Annual administration report of the Civil Veterinary Department, Ajmere-Merwara, British Rajputana - 1914-1940
Year: 1914
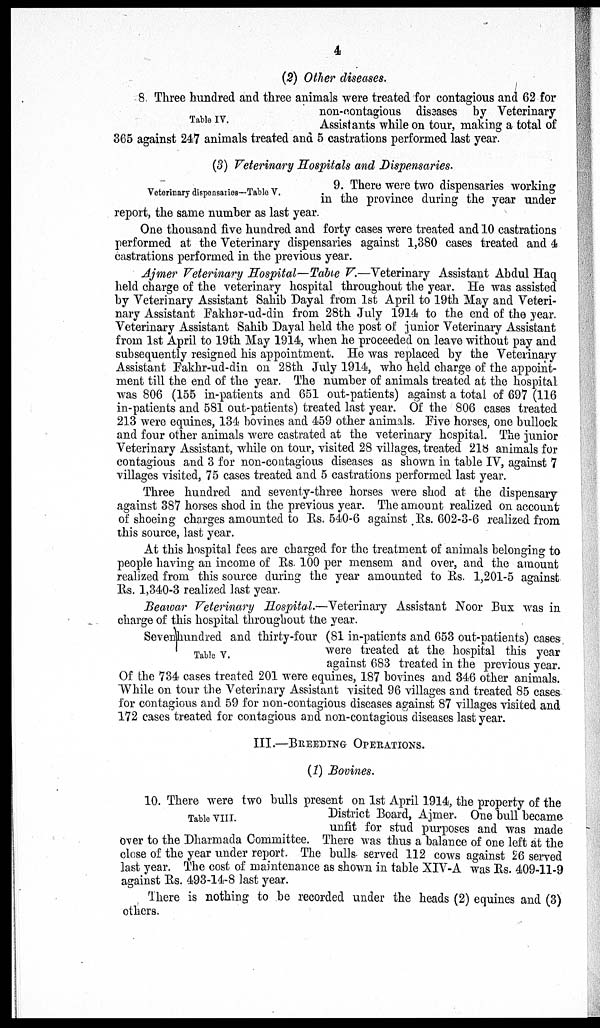
4
(2) Other diseases.
Table IV.
8 Three hundred and three animals were treated for contagious and 62 for
non-contagious diseases by Veterinary
Assistants while on tour, making a total of
365 against 247 animals treated and 5 castrations performed last year.
(3) Veterinary Hospitals and Dispensaries.
Veterinary dispensaries—Table V.
9. There were two dispensaries working
in the province during the year under
report, the same number as last year.
One thousand five hundred and forty cases were treated and 10 castrations
performed at the Veterinary dispensaries against 1,380 cases treated and 4
castrations performed in the previous year.
Ajmer Veterinary Hospital—Table V.—Veterinary Assistant Abdul Haq
held charge of the veterinary hospital throughout the year. He was assisted
by Veterinary Assistant Sahib Dayal from 1st April to 19th May and Veteri-
nary Assistant Fakhar-ud-din from 28th July 1914 to the end of the year.
Veterinary Assistant Sahib Dayal held the post of junior Veterinary Assistant
from 1st April to 19th May 1914, when he proceeded on leave without pay and
subsequently resigned his appointment. He was replaced by the Veterinary
Assistant Fakhr-ud-din on 28th July 1914, who held charge of the appoint-
ment till the end of the year. The number of animals treated at the hospital
was 806 (155 in-patients and 651 out-patients) against a total of 697 (116
in-patients and 581 out-patients) treated last year. Of the 806 cases treated
213 were equines, 134 bovines and 459 other animals. Five horses, one bullock
and four other animals were castrated at the veterinary hospital. The junior
Veterinary Assistant, while on tour, visited 28 villages, treated 218 animals for
contagious and 3 for non-contagious diseases as shown in table IV, against 7
villages visited, 75 cases treated and 5 castrations performed last year.
Three hundred and seventy-three horses were shod at the dispensary
against 387 horses shod in the previous year. The amount realized on account
of shoeing charges amounted to Rs. 540-6 against Rs. 602-3-6 realized from
this source, last year.
At this hospital fees are charged for the treatment of animals belonging to
people having an income of Rs. 100 per mensem and over, and the amount
realized from this source during the year amounted to Rs. 1,201-5 against
Rs. 1,340-3 realized last year.
Beawar Veterinary Hospital.—Veterinary Assistant Noor Bux was in
charge of this hospital throughout the year.
Table V.
Seven hundred and thirty-four (81 in-patients and 653 out-patients) cases
were treated at the hospital this year
against 683 treated in the previous year.
Of the 734 cases treated 201 were equines, 187 bovines and 346 other animals.
While on tour the Veterinary Assistant visited 96 villages and treated 85 cases
for contagious and. 59 for non-contagious diseases against 87 villages visited and
172 cases treated for contagious and non-contagious diseases last year.
III.—BREEDING
OPERATIONS.
(1) Bovines.
Table VIII.
10. There were two bulls present on 1st April 1914, the property of the
District Board, Ajmer. One bull became
unfit for stud purposes and was made
over to the Dharmada Committee. There was thus a balance of one left at the
close of the year under report. The bulls served 112 cows against 26 served
last year. The cost of maintenance as shown in table XIV-A was Rs. 409-11-9
against Rs. 493-14-8 last year.
There is nothing to be recorded under the heads (2) equines and (3)
others.